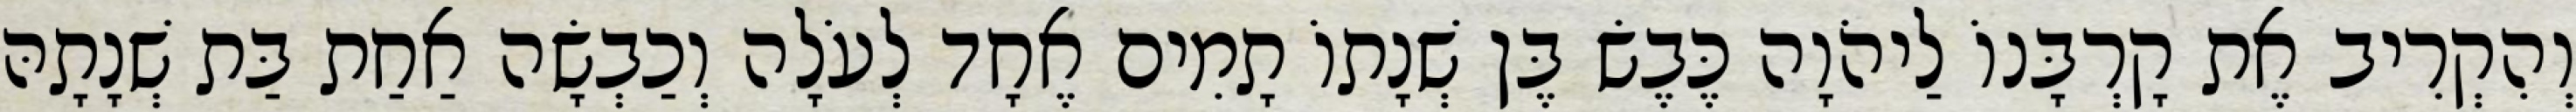
וְהִקְרִיב אֶת קָרְבָּנוֹ לַיהֹוָה כֶּבֶשׂ בֶּן שְׁנָתוֹ תָמִים אֶחָד לְעֹלָה וְכַבְשָׂה אַחַת בַּת שְׁנָתָהּ